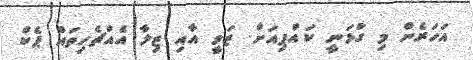
އަހަރެން މި ގުޅަނީ ކައްޕިއަށް. ޒަވީ އާއި ޒިލާ އެއްޗެހިތައް ޕެކް